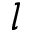
l